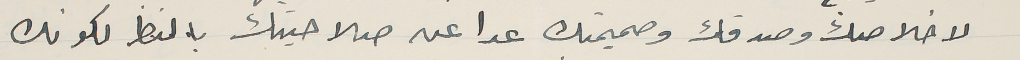
لاخلاصك وصدقك وصميمتك عدا عن صلاحيتك بالنظر لكونك